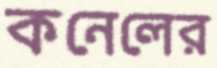
কনেলের